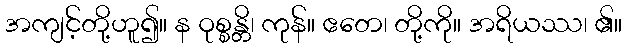
အကျင့်တို့ဟူ၍။ န ဝုစ္စန္တိ၊ ကုန်။ ဧတေ၊ တို့ကို။ အရိယဿ၊ ၏။